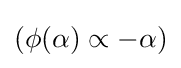
(\phi (\alpha )\propto -\alpha )